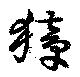
獐